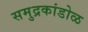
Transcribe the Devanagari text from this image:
समुद्रकांडोळ